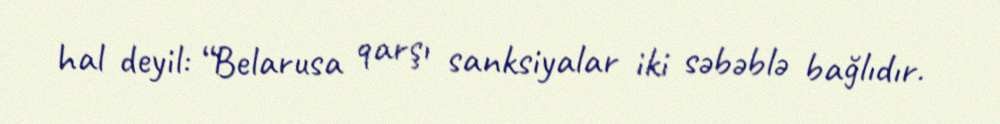
hal deyil: “Belarusa qarşı sanksiyalar iki səbəblə bağlıdır.